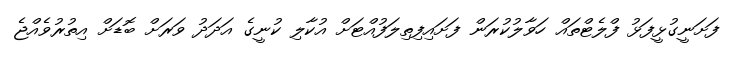
ފަށަނީގުޅީފަޅު ފްލެޓްތައް ހަވާލުކުރަން ފަށައިފިތިލަފުއްޓަށް އުކާލި ކުނީގެ އަދަދު ވަރަށް ބޮޑަށް އިތުރުވެއްޖެ